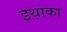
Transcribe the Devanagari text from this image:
इथ़ाका